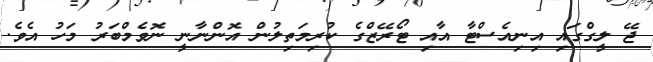
ޖޭ ލީގްގައި އިނިއެސްޓާ އާއި ޓޯރޭޒްގެ ކުރިމަތިލުން އޮންނާނީ ނޮވެމްބަރު މަހު އެވެ.